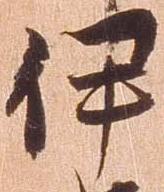
伊